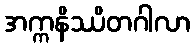
အက္ကနိဿိတဂါလာ